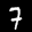
Label: 7